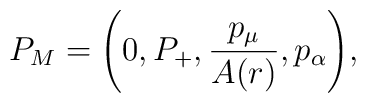
P_M=\left( 0, P_+, \frac{p_\mu}{A(r)}, p_\alpha \right)\!,